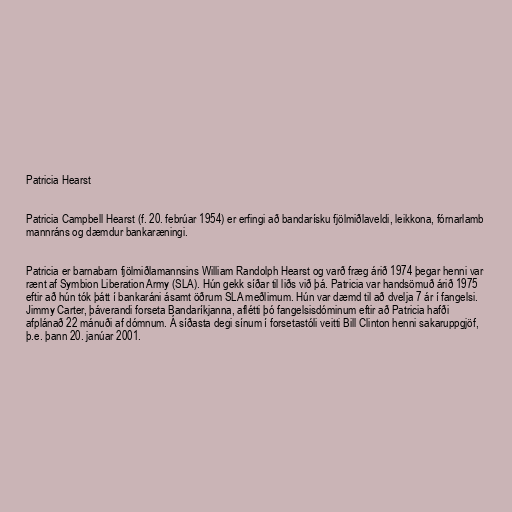
Patricia Hearst

Patricia Campbell Hearst (f. 20. febrúar 1954) er erfingi að bandarísku fjölmiðlaveldi, leikkona, fórnarlamb
mannráns og dæmdur bankaræningi.

Patricia er barnabarn fjölmiðlamannsins William Randolph Hearst og varð fræg árið 1974 þegar henni var
rænt af Symbion Liberation Army (SLA). Hún gekk síðar til liðs við þá. Patricia var handsömuð árið 1975
eftir að hún tók þátt í bankaráni ásamt öðrum SLA meðlimum. Hún var dæmd til að dvelja 7 ár í fangelsi.
Jimmy Carter, þáverandi forseta Bandaríkjanna, aflétti þó fangelsisdóminum eftir að Patricia hafði
afplánað 22 mánuði af dómnum. Á síðasta degi sínum í forsetastóli veitti Bill Clinton henni sakaruppgjöf,
þ.e. þann 20. janúar 2001.